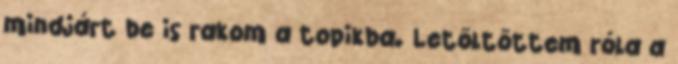
mindjárt be is rakom a topikba. Letöltöttem róla a